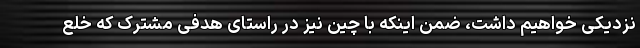
نزدیکی خواهیم داشت، ضمن اینکه با چین نیز در راستای هدفی مشترک که خلع